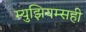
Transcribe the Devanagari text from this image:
म्युझियम्सही